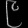
Digit: ၉